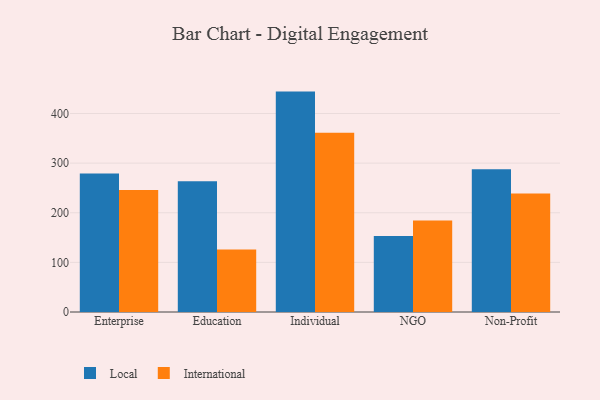
{"axis": {"x": "Segment", "y": "Inventory Turnover"}, "legend": ["International", "Local"], "data": [{"x": "Enterprise", "y": 279.2, "type": "Local"}, {"x": "Enterprise", "y": 245.7, "type": "International"}, {"x": "Education", "y": 263.6, "type": "Local"}, {"x": "Education", "y": 126.2, "type": "International"}, {"x": "Individual", "y": 444.2, "type": "Local"}, {"x": "Individual", "y": 361.1, "type": "International"}, {"x": "NGO", "y": 153.0, "type": "Local"}, {"x": "NGO", "y": 184.5, "type": "International"}, {"x": "Non-Profit", "y": 287.5, "type": "Local"}, {"x": "Non-Profit", "y": 238.8, "type": "International"}]}